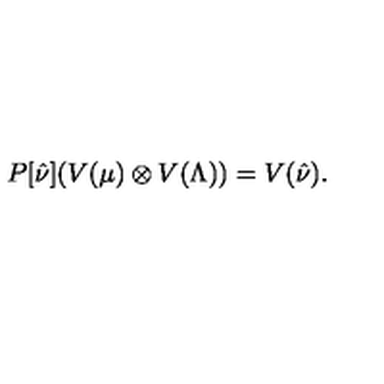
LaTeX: P [ \hat { \nu } ] ( V ( \mu ) \otimes V ( \Lambda ) ) = V ( \hat { \nu } ) .